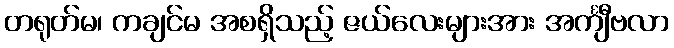
တရုတ်မ၊ ကချင်မ အစရှိသည့် ဇယ်လေးများအား အင်္ကျီဗလာ